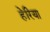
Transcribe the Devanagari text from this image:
हेरिया